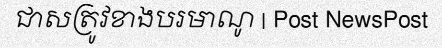
ជាសត្រូវខាងបរមាណូ | Post NewsPost